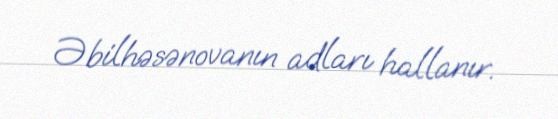
Əbilhəsənovanın adları hallanır.